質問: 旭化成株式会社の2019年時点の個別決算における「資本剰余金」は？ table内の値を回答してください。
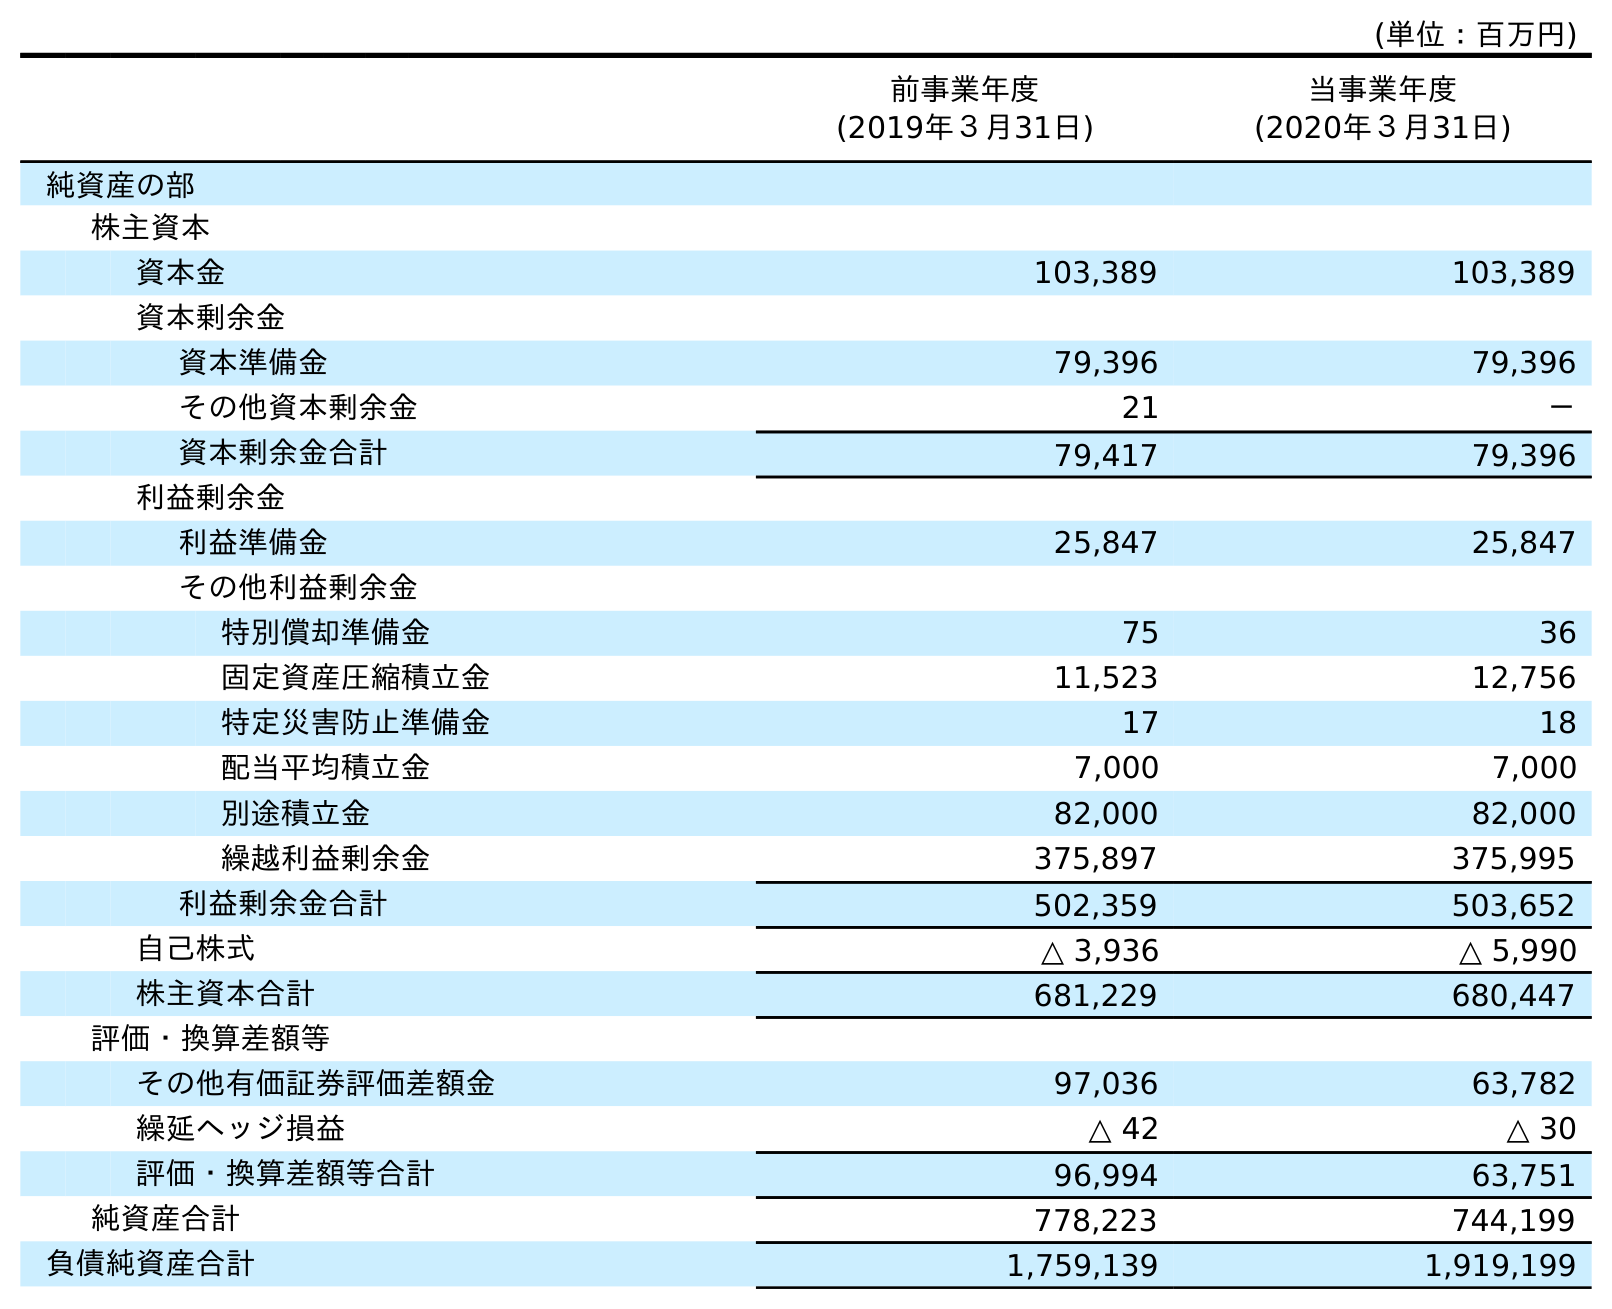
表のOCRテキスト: (単位：百万円) 前事業年度 (2019年３月31日) 当事業年度 (2020年３月31日) 純資産の部 株主資本 資本金 103,389 103,389 資本剰余金 資本準備金 79,396 79,396 その他資本剰余金 21 － 資本剰余金合計 79,417 79,396 利益剰余金 利益準備金 25,847 25,847 その他利益剰余金 特別償却準備金 75 36 固定資産圧縮積立金 11,523 12,756 特定災害防止準備金 17 18 配当平均積立金 7,000 7,000 別途積立金 82,000 82,000 繰越利益剰余金 375,897 375,995 利益剰余金合計 502,359 503,652 自己株式 △ 3,936 △ 5,990 株主資本合計 681,229 680,447 評価・換算差額等 その他有価証券評価差額金 97,036 63,782 繰延ヘッジ損益 △ 42 △ 30 評価・換算差額等合計 96,994 63,751 純資産合計 778,223 744,199 負債純資産合計 1,759,139 1,919,199
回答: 79,417